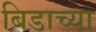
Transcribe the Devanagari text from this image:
बिडाच्या